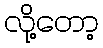
လို့တော့